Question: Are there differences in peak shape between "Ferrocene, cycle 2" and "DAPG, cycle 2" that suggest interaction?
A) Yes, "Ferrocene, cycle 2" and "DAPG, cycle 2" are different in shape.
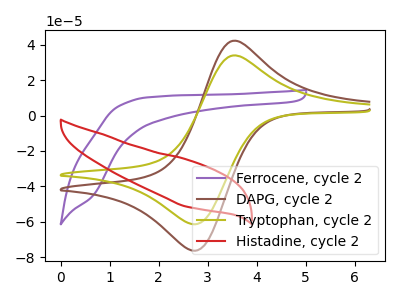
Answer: <think>The purple curve "Ferrocene, cycle 2" has no peaks. The brown curve "DAPG, cycle 2" has an anodic peak at (3.50V, 42.25uA) and a cathodic peak at (2.75V, -76.45uA). The olive curve "Tryptophan, cycle 2" has an anodic peak at (3.50V, 34.00uA) and a cathodic peak at (2.75V, -61.45uA). The red curve "Histadine, cycle 2" has no peaks.
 "Ferrocene, cycle 2" and "DAPG, cycle 2" have a different number of peaks.</think>
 <answer>A) Yes, "Ferrocene, cycle 2" and "DAPG, cycle 2" are different in shape.</answer>
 <eval>A</eval>